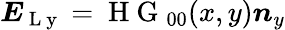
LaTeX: \boldsymbol{E}_{\mathrm{~L~y~}}=\mathrm{~H~G~}_{00}(x,y)\boldsymbol{n}_{y}